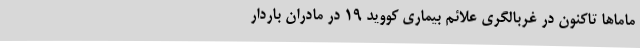
ماما‌ها تاکنون در غربالگری علائم بیماری کووید ۱۹ در مادران باردار